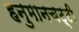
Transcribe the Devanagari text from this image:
हनुमानचट्टी